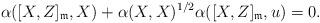
LaTeX: \begin{align*}\alpha([X,Z]_\mathfrak{m},X)+\alpha(X,X)^{1/2}\alpha([X,Z]_\mathfrak{m},u)=0.\end{align*}